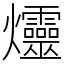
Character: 爧